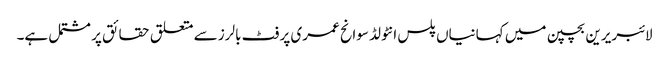
لائبریرین بچپن میں کہانیاں پلس انٹولڈ سوانح عمری پر فٹ بالرز سے متعلق حقائق پر مشتمل ہے۔